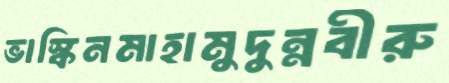
ভাস্কিনমাহামুদুন্নবীরু